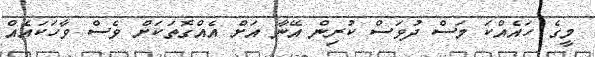
މީގެ ހައެއްކަ މަސް ދުވަސް ކުރިން އޭނާ އަށް އެއްގޮތަކަށް ވެސް ވާހަކައެއް